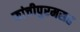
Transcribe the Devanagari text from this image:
कांचीपुरमसह